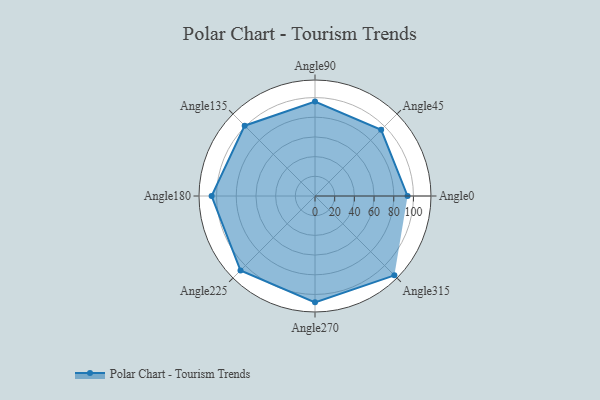
{"axis": {"x": "Angle", "y": "Radius"}, "legend": [""], "data": [{"x": "Angle0", "y": 94.0, "type": ""}, {"x": "Angle45", "y": 95.0, "type": ""}, {"x": "Angle90", "y": 96.0, "type": ""}, {"x": "Angle135", "y": 101.0, "type": ""}, {"x": "Angle180", "y": 105.0, "type": ""}, {"x": "Angle225", "y": 107.0, "type": ""}, {"x": "Angle270", "y": 108.0, "type": ""}, {"x": "Angle315", "y": 114.0, "type": ""}]}